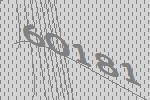
60181